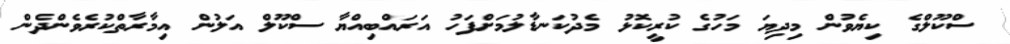
ސްކޫލްގެ ކިޔެވުން މިދިޔަ މަހުގެ ކުރީކޮޅު މެދުކަނޑާލުމަށްފަހު އަރައްބިއްޔާ ސްކޫލް އަލުން އިމާރާތްކުރެވެންދެން